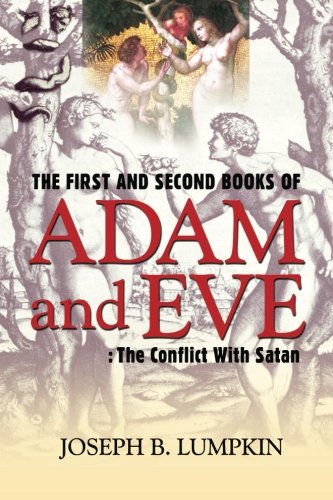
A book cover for The First and Second Books of Adam and Eve: The Conflict With Satan; Dr. Joseph Lumpkin; Christian Books & Bibles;